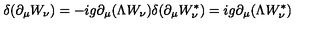
\delta ( \partial _ { \mu } W _ { \nu } ) = - i g \partial _ { \mu } ( \Lambda W _ { \nu } ) \delta ( \partial _ { \mu } W _ { \nu } ^ { \ast } ) = i g \partial _ { \mu } ( \Lambda W _ { \nu } ^ { \ast } )